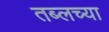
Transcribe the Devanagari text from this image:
तब्लच्या